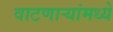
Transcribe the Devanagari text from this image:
वाटणाऱ्यांमध्ये